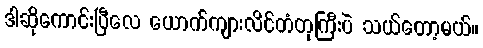
ဒါဆိုကောင်းပြီလေ ယောက်ကျားလိင်တံတုကြီးပဲ သယ်တော့မယ်။